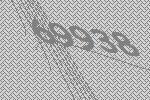
69938